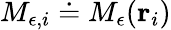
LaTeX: M_{\epsilon,i}\doteq M_{\epsilon}({\mathbf r}_{i})